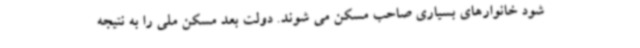
شود خانوارهای بسیاری صاحب مسکن می شوند. دولت بعد مسکن ملی را به نتیجه